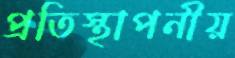
প্রতিস্থাপনীয়